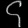
Digit: ၄